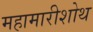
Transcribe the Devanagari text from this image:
महामारीशोथ